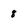
Character: 8